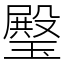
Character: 𤩱